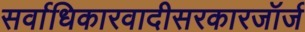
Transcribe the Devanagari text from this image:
सर्वाधिकारवादीसरकारजॉर्ज